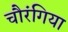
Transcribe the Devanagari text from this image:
चौरंगिया